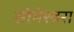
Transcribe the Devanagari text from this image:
सोमेश्वरा